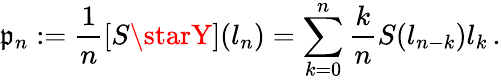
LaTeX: \mathfrak{p}_{n}:=\frac{{1}}{{n}}[S\starY](l_{n})=\sum_{k=0}^{n}\frac{{k}}{{n}}S(l_{n-k})l_{k}\, .